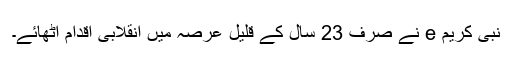
نبی کریم e نے صرف 23 سال کے قلیل عرصہ میں انقلابی اقدام اٹھائے۔